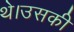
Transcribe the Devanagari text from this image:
थे।उसकी